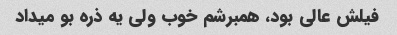
فیلش عالی بود، همبرشم خوب ولی یه ذره بو میداد